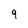
Character: 9